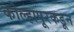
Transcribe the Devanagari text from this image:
कोल्हापूरकडून